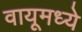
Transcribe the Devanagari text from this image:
वायूमध्ये